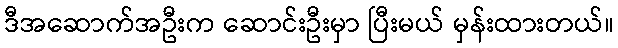
ဒီအဆောက်အဦးက ဆောင်းဦးမှာ ပြီးမယ် မှန်းထားတယ်။